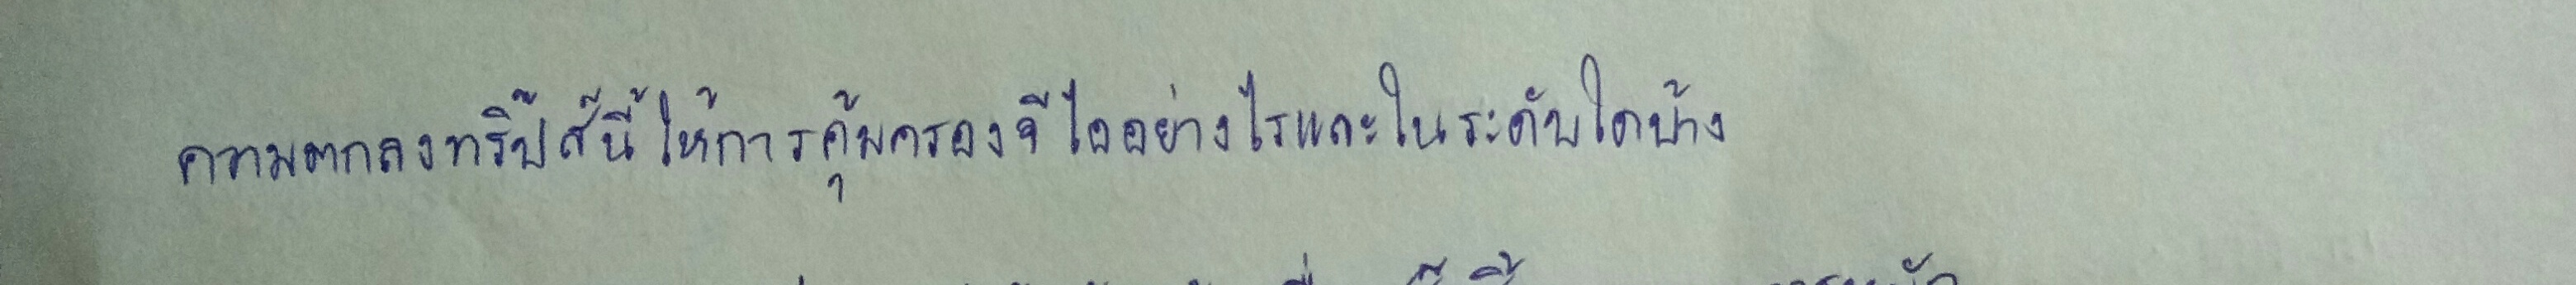
ความตกลงทริ๊ปส์นี้ให้การคุ้มครองจีไออย่างไรและในระดับใดบ้าง